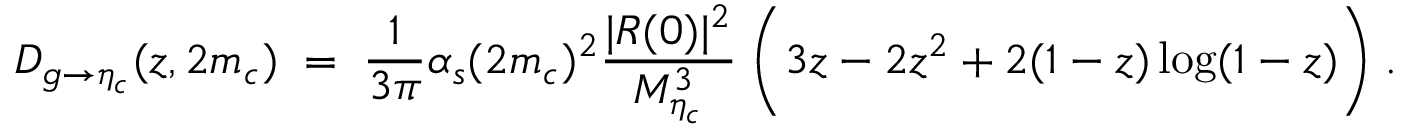
{ D _ { g \rightarrow \eta _ { c } } ( z , 2 m _ { c } ) \; = \; { \frac { 1 } { 3 \pi } } \alpha _ { s } ( 2 m _ { c } ) ^ { 2 } { \frac { | R ( 0 ) | ^ { 2 } } { M _ { \eta _ { c } } ^ { 3 } } } \; \Bigg ( 3 z - 2 z ^ { 2 } + 2 ( 1 - z ) \log ( 1 - z ) \Bigg ) \; . }